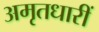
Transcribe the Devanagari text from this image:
अमृतधारीं